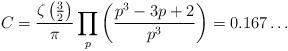
LaTeX: \begin{align*}C=\dfrac{\zeta\left(\frac{3}{2}\right)}{\pi}\prod_{p}\bigg(\frac{p^3-3p+2}{p^3}\bigg)=0.167\ldots\end{align*}